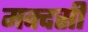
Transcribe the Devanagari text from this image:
मक्दसी